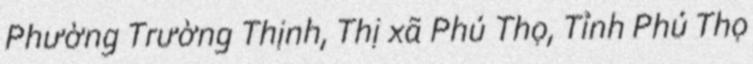
Phường Trường Thịnh, Thị xã Phú Thọ, Tỉnh Phú Thọ